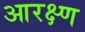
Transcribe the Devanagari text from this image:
आरक्ष्ण